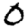
Digit: 0